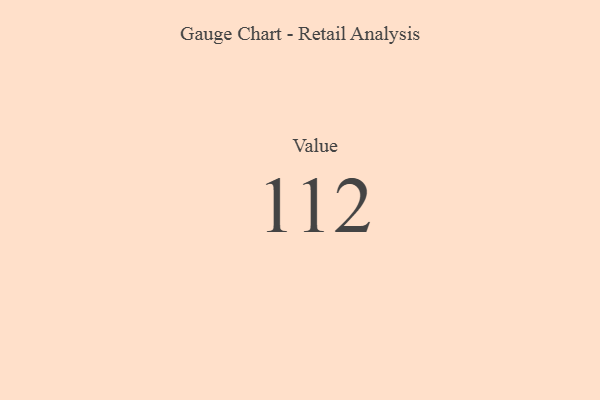
{"axis": {"x": "Metric", "y": "Value"}, "legend": [""], "data": [{"x": "Value", "y": 112, "type": ""}]}